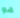
هو